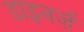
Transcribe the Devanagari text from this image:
डाइनर्ज़